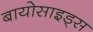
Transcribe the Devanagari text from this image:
बायोसाइड्स